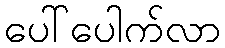
ပေါ်ပေါက်လာ